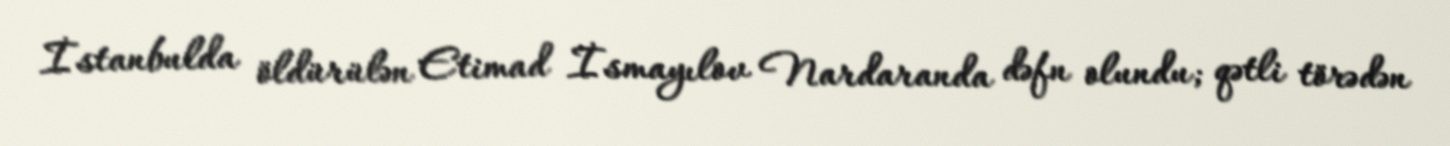
İstanbulda öldürülən Etimad İsmayılov Nardaranda dəfn olundu; qətli törədən